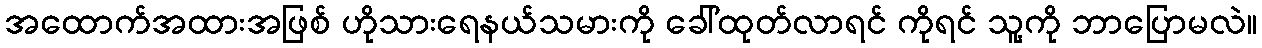
အထောက်အထားအဖြစ် ဟိုသားရေနယ်သမားကို ခေါ်ထုတ်လာရင် ကိုရင် သူ့ကို ဘာပြောမလဲ။